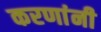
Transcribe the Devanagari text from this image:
करणांनी